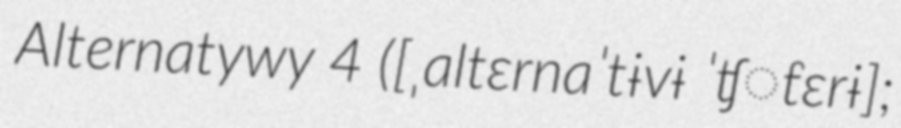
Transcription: Alternatywy 4 ([ˌaltɛrnaˈtɨvɨ ˈʧ̑tɛrɨ];